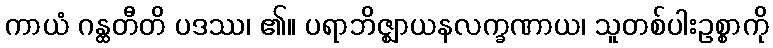
ကာယံ ဂန္ထတီတိ ပဒဿ၊ ၏။ ပရာဘိဇ္ဈာယနလက္ခဏာယ၊ သူတစ်ပါးဥစ္စာကို